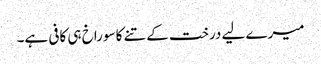
میرے لیے درخت کے تنے کا سوراخ ہی کافی ہے۔